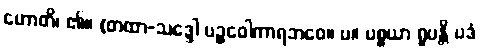
ဟောတိ၊ ၏။ (တထာ-သဒ္ဒေါ ပဉ္စဝေါကာရဘဝေ။ ပ။ ပစ္စယာ ရူပန္တိ ပဒံ